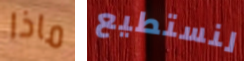
ماذا لنستطيع